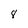
Character: 8